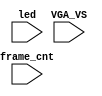
/*  This file is part of JTFRAME.
    JTFRAME program is free software: you can redistribute it and/or modify
    it under the terms of the GNU General Public License as published by
    the Free Software Foundation, either version 3 of the License, or
    (at your option) any later version.

    JTFRAME program is distributed in the hope that it will be useful,
    but WITHOUT ANY WARRANTY; without even the implied warranty of
    MERCHANTABILITY or FITNESS FOR A PARTICULAR PURPOSE.  See the
    GNU General Public License for more details.

    You should have received a copy of the GNU General Public License
    along with JTFRAME. If not, see <http://www.gnu.org/licenses/>.

    Author: Jose Tejada Gomez. Twitter: @topapate
    Version: 1.0
    Date: 20-8-2020 */

`timescale 1ns/1ps

module mist_dump(
    input           VGA_VS,
    input           led,
    input   [31:0]  frame_cnt
);

`ifdef DUMP
    initial begin
        `ifdef IVERILOG
            $dumpfile("test.lxt");
        `else
            $dumpfile("test.vcd");
        `endif
    end
`ifdef DUMP_START
    initial $display("Dumping will start at frame %0d", `DUMP_START);
    always @(negedge VGA_VS) if( frame_cnt==`DUMP_START ) begin
`else
    initial begin
`endif
        `ifdef DEEPDUMP
            $display("Dumping all signals");
            $dumpvars(0,mist_test);
        `else
            $display("Dumping selected signals");
            `ifndef NOSOUND
                $dumpvars(1,mist_test.UUT.u_game.u_game.u_sound);
                $dumpvars(0,mist_test.UUT.u_game.u_game.u_sound.u_mcu);
            `endif
            $dumpvars(1,mist_test.frame_cnt);
        `endif
        $dumpon;
    end
`endif

endmodule // mist_dump